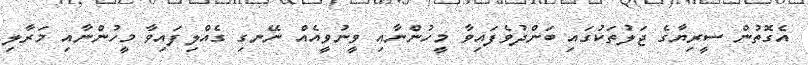
އެގޮތުން ސީރިޔާގެ ޖަލުތަކުގައި ބަންދުވެފައިވާ މީހުންނާއި ވީނުވީއެއް ނޭނގި ގެއްލިފައިވާ މީހުންނާއި މަރާލި